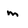
Character: m